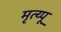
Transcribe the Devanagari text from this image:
मृत्य्पू